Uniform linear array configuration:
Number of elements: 24
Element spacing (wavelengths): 0.5
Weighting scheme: hamming
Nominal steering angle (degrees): -15
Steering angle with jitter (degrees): -13.423
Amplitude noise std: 0.05
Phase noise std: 0.05

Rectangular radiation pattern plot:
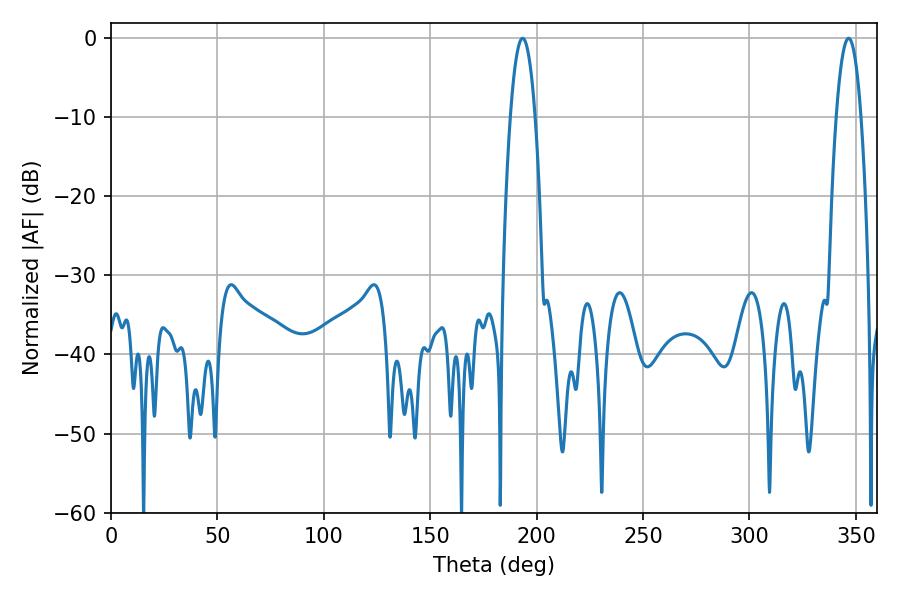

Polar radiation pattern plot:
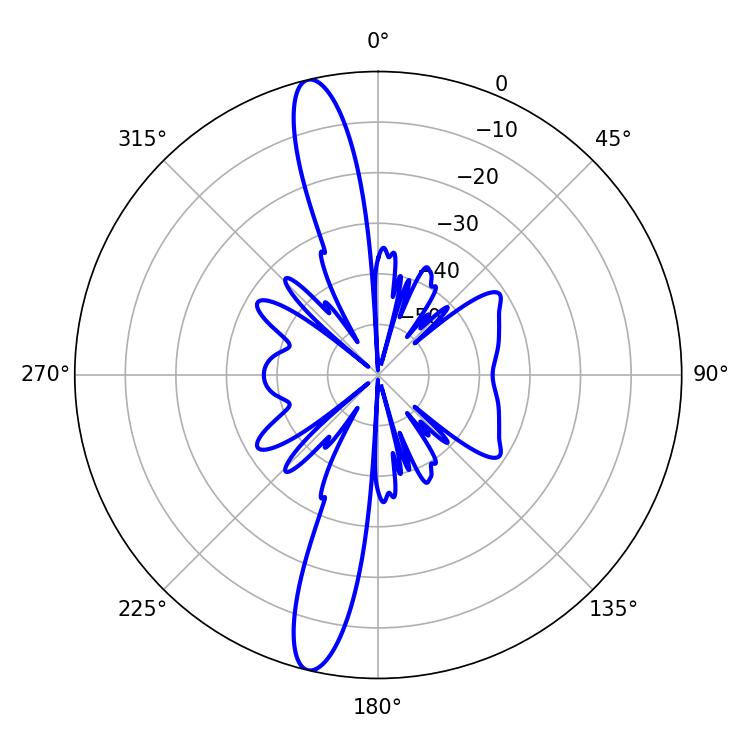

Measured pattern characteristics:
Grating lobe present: FALSE
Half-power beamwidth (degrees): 6.3
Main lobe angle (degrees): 193.5